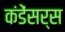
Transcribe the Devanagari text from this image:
कंडेंसर्स